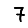
Digit: 7